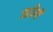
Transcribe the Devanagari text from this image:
जाऊँगी